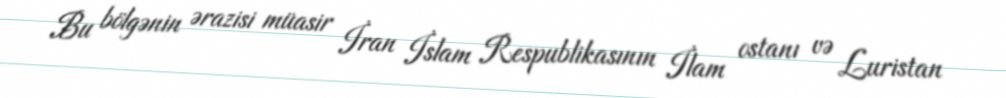
Bu bölgənin ərazisi müasir İran İslam Respublikasının İlam ostanı və Luristan